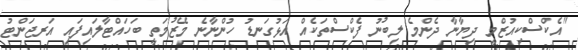
"އެކްސްކިއުޒްމީ ދިޔާނާ ދެންމެ ލިބުނު ފެކްސްތަކެއް އަޅުގަނޑު ހުންނާނެ މޭޒުމަތީ ބަހައްޓާލައިފައި އަރޖަންޓު